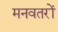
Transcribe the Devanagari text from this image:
मनवतरों